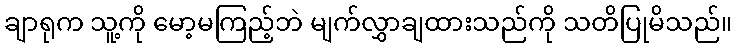
ချာရုက သူ့ကို မော့မကြည့်ဘဲ မျက်လွှာချထားသည်ကို သတိပြုမိသည်။